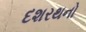
દશરથનો